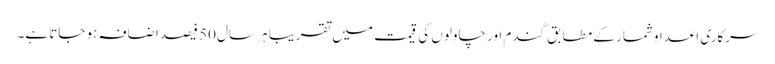
سرکاری اعداوشمار کے مطابق گندم اور چاولوں کی قیمت میں تقریبا ہر سال 50 فیصد اضافہ ہو جاتا ہے۔